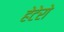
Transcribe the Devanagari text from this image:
हेटेरो